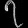
Digit: ၇